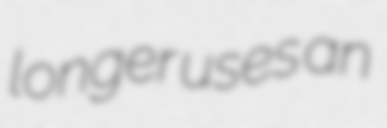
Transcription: longer uses an